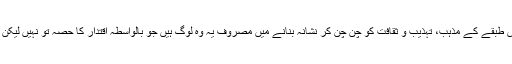
شر پسندوں کا یہ ٹولہ اس وقت نئی سیاسی توانائی کے ساتھ آگے بڑھ رہا اور ایک خاص طبقے کے مذہب، تہذیب و ثقافت کو چن چن کر نشانہ بنانے میں مصروف یہ وہ لوگ ہیں جو بالواسطہ اقتدار کا حصہ تو نہیں لیکن برسراقتدار گروپ کےعزیز و اقارب ہیں مختلف ناموں سے اپنا کام انجام دے رہے ہیں۔